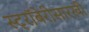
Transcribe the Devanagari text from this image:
स्ट्रॉबेरीसारखी